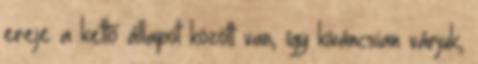
ereje a kettő állapot között van, így kíváncsian várjuk,